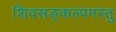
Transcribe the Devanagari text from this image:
शिवसङ्कल्पमस्तु